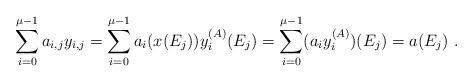
LaTeX: \begin{align*} \sum_{i=0}^{\mu-1} a_{i,j}y_{i,j} = \sum_{i=0}^{\mu-1} a_i(x(E_j)) y^{(A)}_i(E_j) = \sum_{i=0}^{\mu-1} (a_iy^{(A)}_i)(E_j) = a(E_j) \ . \end{align*}